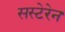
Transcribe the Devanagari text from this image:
सस्टेरेन